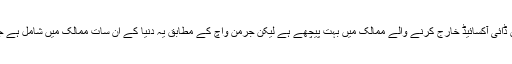
حیرت انگیز بات یہ ہے کہ پاکستان کاربن ڈائی آکسائیڈ خارج کرنے والے ممالک میں بہت پیچھے ہے لیکن جرمن واچ کے مطابق یہ دنیا کے اْن سات ممالک میں شامل ہے جو کلائمیٹ چینج سے شدید متاثر ہوں گے۔